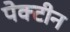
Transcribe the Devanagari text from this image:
पेक्टीन